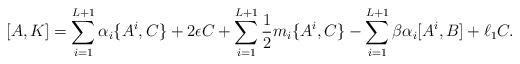
LaTeX: \begin{align*}[A,K] &= \sum_{i=1}^{L+1}\alpha_i\{A^i,C\} + 2\epsilon C + \sum_{i=1}^{L+1}\frac12 m_i\{A^i,C\} -\sum_{i=1}^{L+1}{\beta\alpha_i}[A^i,B] +\ell_1 C.\end{align*}